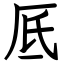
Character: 厎